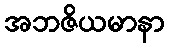
အဘဇိယမာနာ